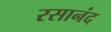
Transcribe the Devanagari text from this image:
रसानंद